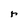
Character: r